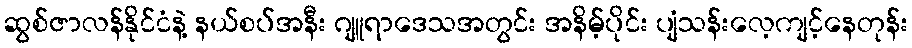
ဆွစ်ဇာလန်နိုင်ငံနဲ့ နယ်စပ်အနီး ဂျူရာဒေသအတွင်း အနိမ့်ပိုင်း ပျံသန်းလေ့ကျင့်နေတုန်း